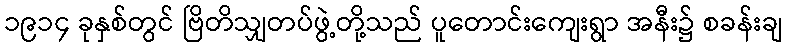
၁၉၁၄ ခုနှစ်တွင် ဗြိတိသျှတပ်ဖွဲ့တို့သည် ပူတောင်းကျေးရွာ အနီး၌ စခန်းချ